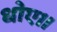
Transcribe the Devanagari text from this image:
धोए।।